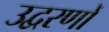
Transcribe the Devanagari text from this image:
उद्वरणों